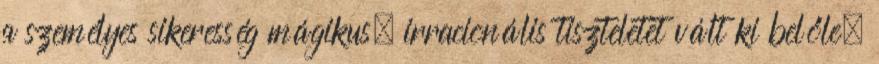
a személyes sikeresség mágikus, irracionális tiszteletet vált ki belőle,